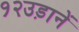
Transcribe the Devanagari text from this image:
१२उड़ानें